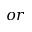
o r